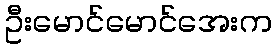
ဦးမောင်မောင်အေးက